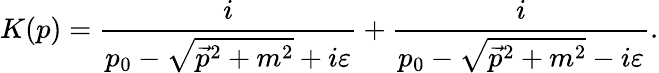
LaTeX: K(p)={\frac{i}{p_{0}-{\sqrt{{\vec{p}}^{2}+m^{2}}}+i\varepsilon}}+{\frac{i}{p_{0}-{\sqrt{{\vec{p}}^{2}+m^{2}}}-i\varepsilon}}.